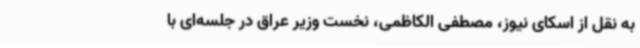
به نقل از اسکای نیوز، مصطفی الکاظمی، نخست وزیر عراق در جلسه‌ای با